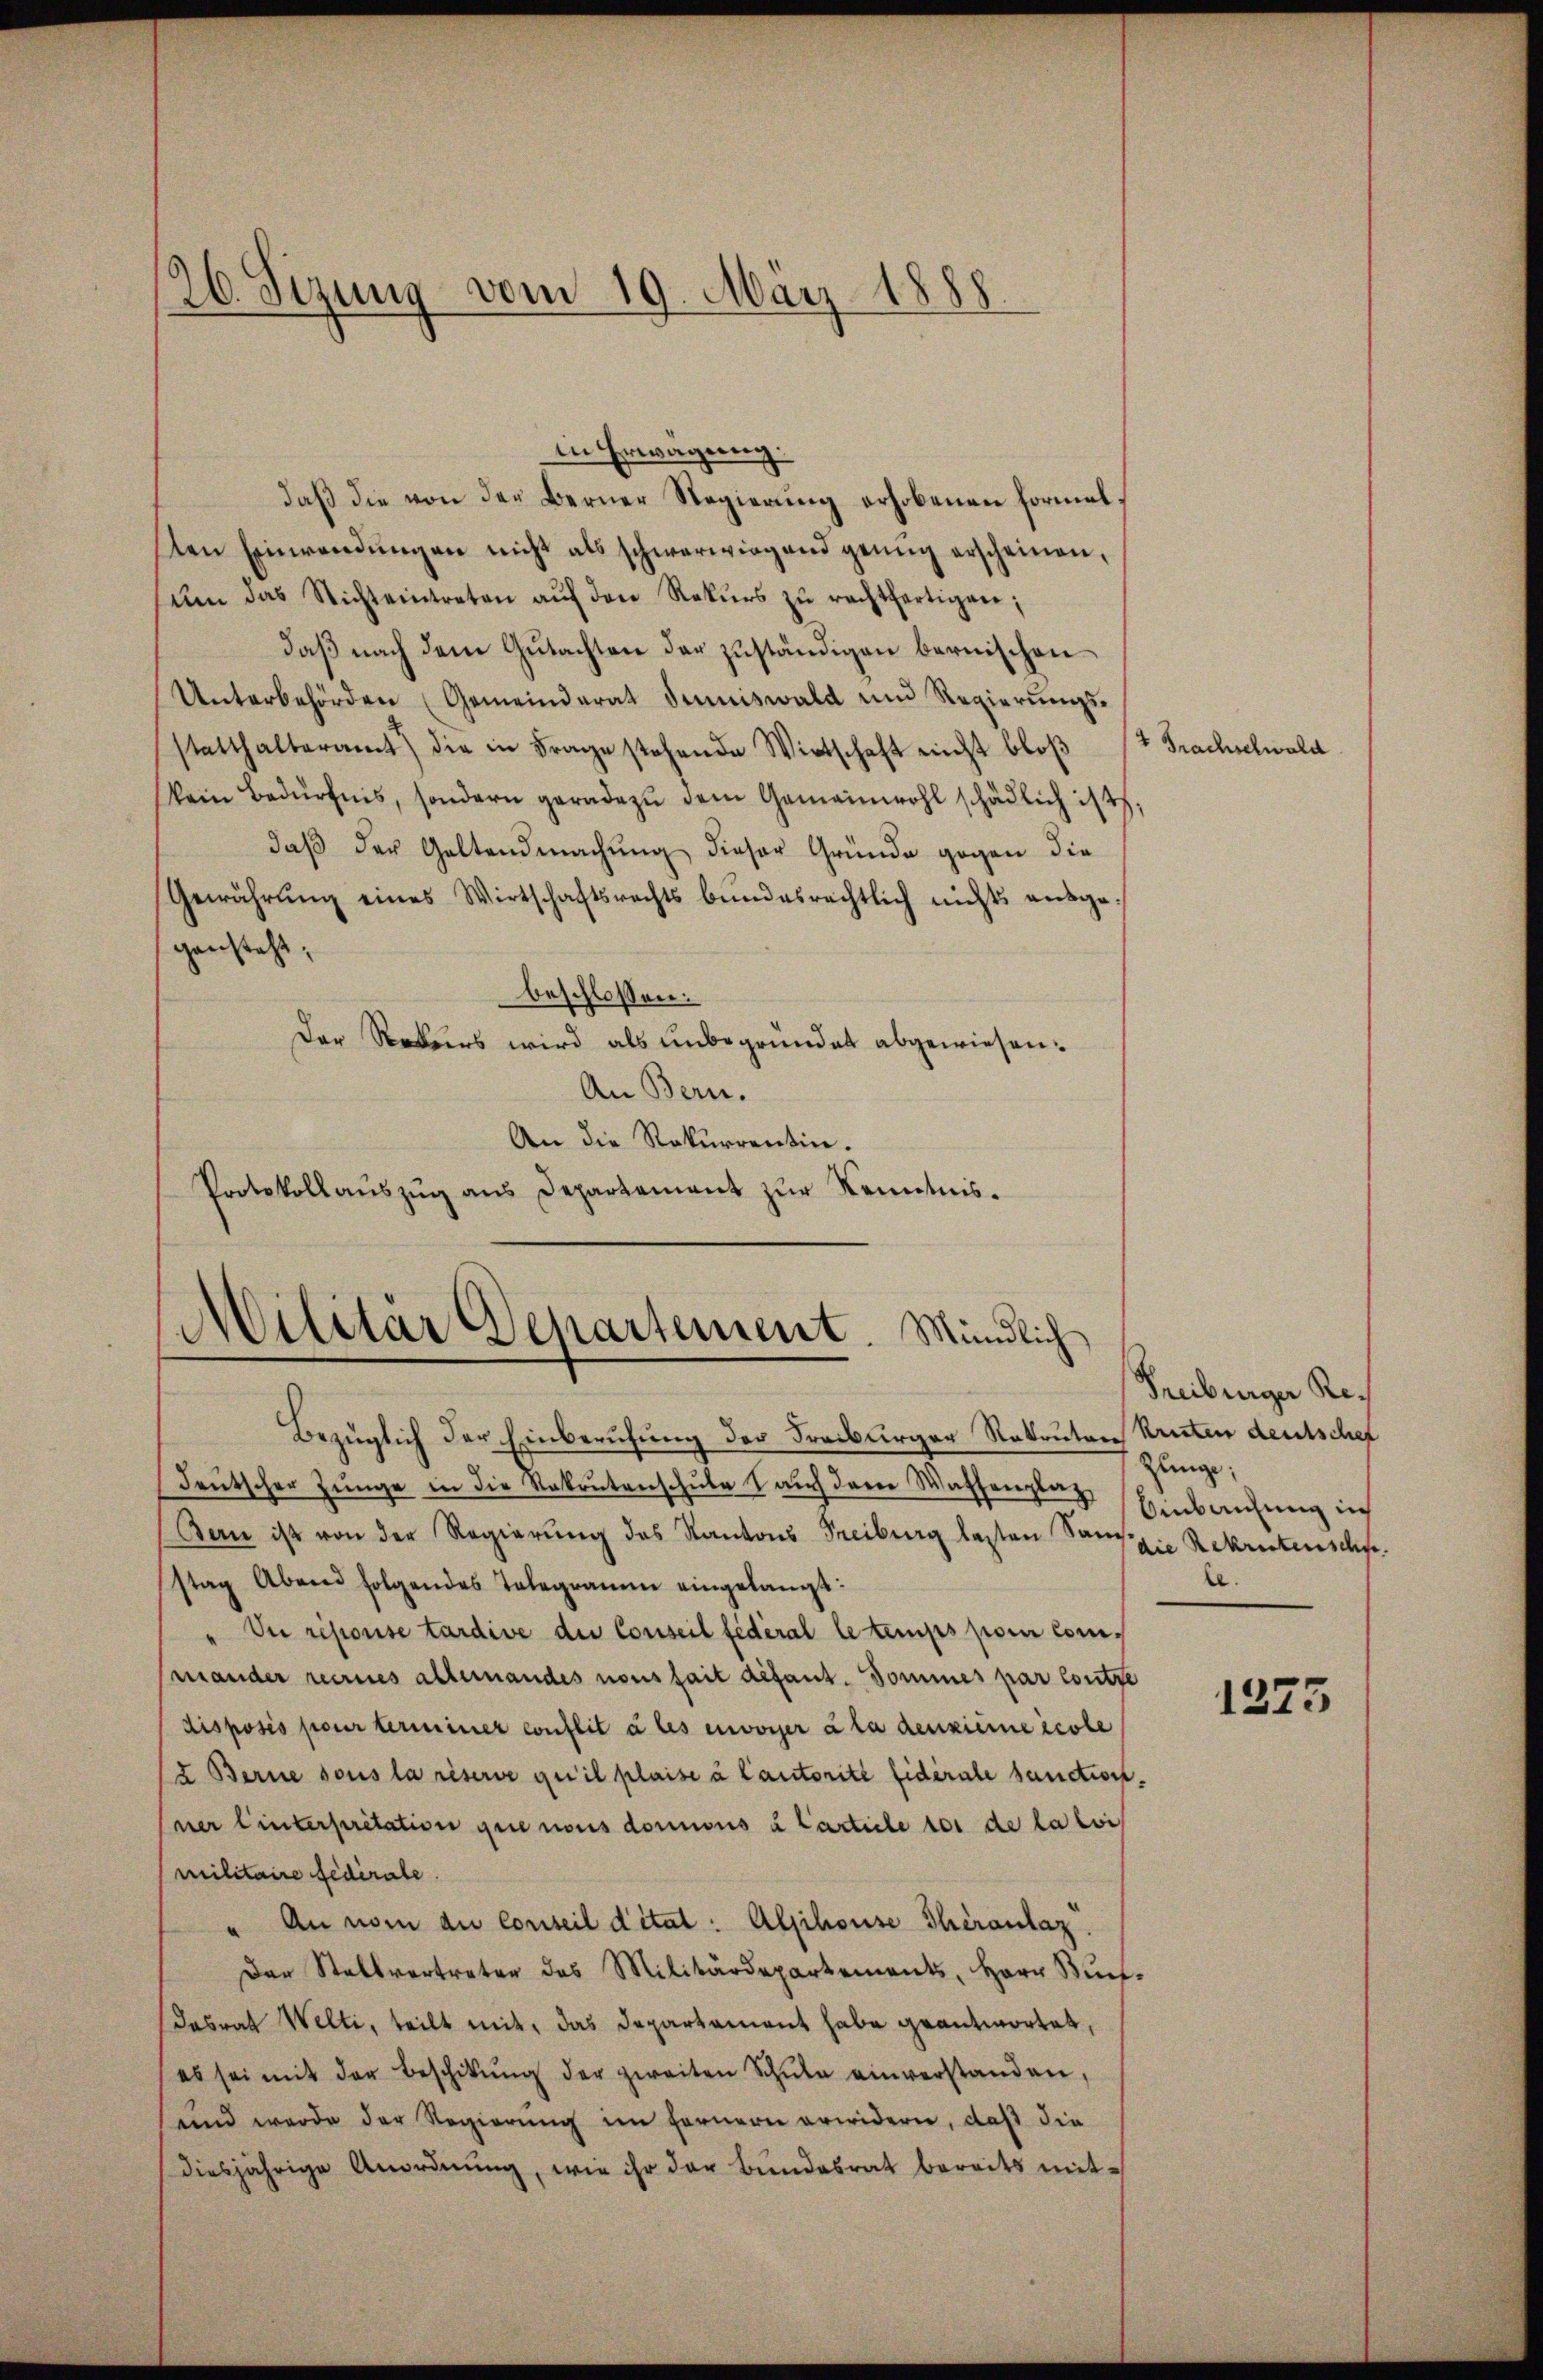
126. Sizung vom 19. März 1888.

in Erwägung.
daβ die von der Berner Regierŭng erhobenen Formalsten Einwendŭngen nicht als schwerwiegend genug erscheinen,
sem das Nichteintreten aŭf den Rekŭrs zŭ rechtfertigen;
daß nach dem Gutachten der zuständigen bernischen
Unterbehörden (Gemeinderat dimiswald und Regierungsstatthalteramt die in Frage stehende Wirtschaft nicht bloβ
kein Bedürfnis, sondern geradezu dem Gemeinwohl schädlich ist,
daß der Geltendmachung dieser Gründe gegen die
Gewährŭng eines Wirtschaftsrechts bŭndesrechtlich nichts ausge-
gensteht,
beschlossen:
Der Rekurs wird als unbegründet abgewiesen:
An Bern.
An die Rekurrentin.
Protokollaŭszŭg ans Departement zŭr Kenntnis¬

Militär Departement. Mündlich

Bezüglich der Einberufung der Freiburger Rekruten Kruten deutschef
deutscher Jünge in die Rekrutenschule auch derer Waffenplag
Ban ist von der Regierŭng des Kantons Freiburg lasten Sandszie Rekristenscht.
stag Abend folgendes Telegramm eingelangt:
Du résionse tardive die Conseil fédéral le temps pom Commnander recrnes alleinandes nous fait défaut. Sommes par contre
disposés pour terminer conflit à les envoyer à la denkiere école
u Berne sous la réserve qu’il plaise à Cautorité fidérale sanction.
ner linterpretation gute nous dormonis u Cartiele vor de la lois
militaire fédérale.
" An nom du conseil ditat: Alsihouse Theranlag
Der Stellvertreter des Militärdepartements, Herr Bun-
Dasrat Welti, teilt mit, das Departament habe geantwortet,
(es sei mit der Beschikŭng der zweiten Schŭle einverstanden,
unnd werde der Regierung im Fernern erwiderer, daß die
diesjährige Anordnung, wie ihr der Bundesrat bereits mit¬

2 Frachschwald

Freiburger Re¬
Zunge
Einblichung in
le.

1373